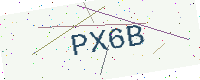
Text: PX6B